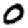
Digit: 0